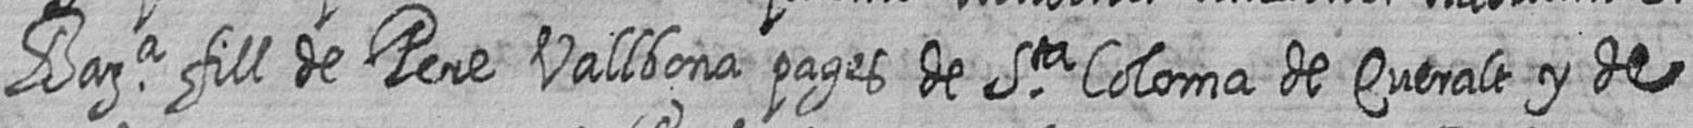
Bara fill de Pere Vallbona pages de Sta Coloma de Queralt y de